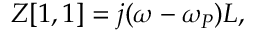
Z [ 1 , 1 ] = j ( \omega - \omega _ { P } ) L ,